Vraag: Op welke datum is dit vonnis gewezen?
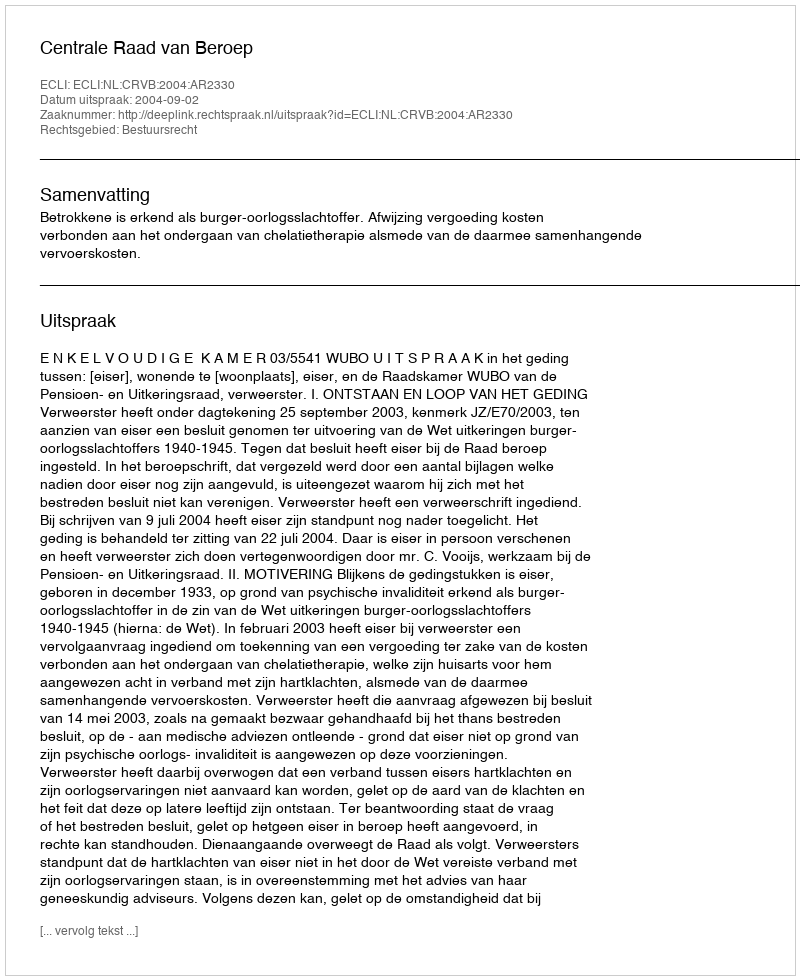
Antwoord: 2004-09-02